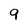
Character: 9